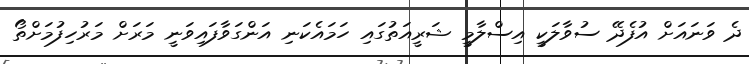
ދެ ވަނައަށް އުފެދޭ ސުވާލަކީ އިސްލާމީ ޝަރީއަތުގައި ހަމައެކަނި އަންގަވާފައިވަނީ މަރަށް މަރުހިފުމަށްތޯ